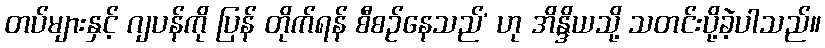
တပ်များနှင့် ဂျပန်ကို ပြန် တိုက်ရန် စီစဉ်နေသည်’ ဟု အိန္ဒိယသို့ သတင်းပို့ခဲ့ပါသည်။